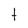
Character: t